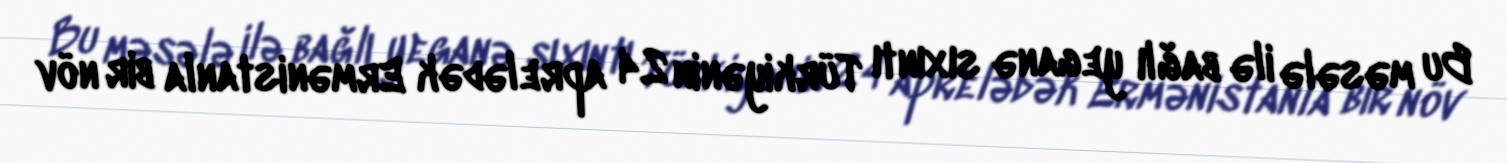
Bu məsələ ilə bağlı yeganə sıxıntı Türkiyənin 24 aprelədək Ermənistanla bir növ